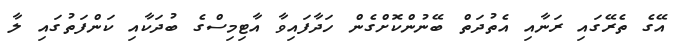
އޭގެ ތެރޭގައި ރަނާއި އެތުދަތް ބޭނުންކޮށްގެން ހަދާފައިވާ އާޓިމިސްގެ ބުދަކާއި ކަންފަތުގައި ލާ